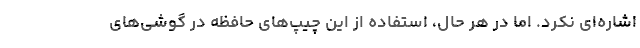
اشاره‌ای نکرد. اما در هر حال، استفاده از این چیپ‌های حافظه در گوشی‌های